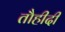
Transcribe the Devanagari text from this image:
तौहीदी